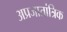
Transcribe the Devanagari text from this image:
अप्रजातांत्रिक